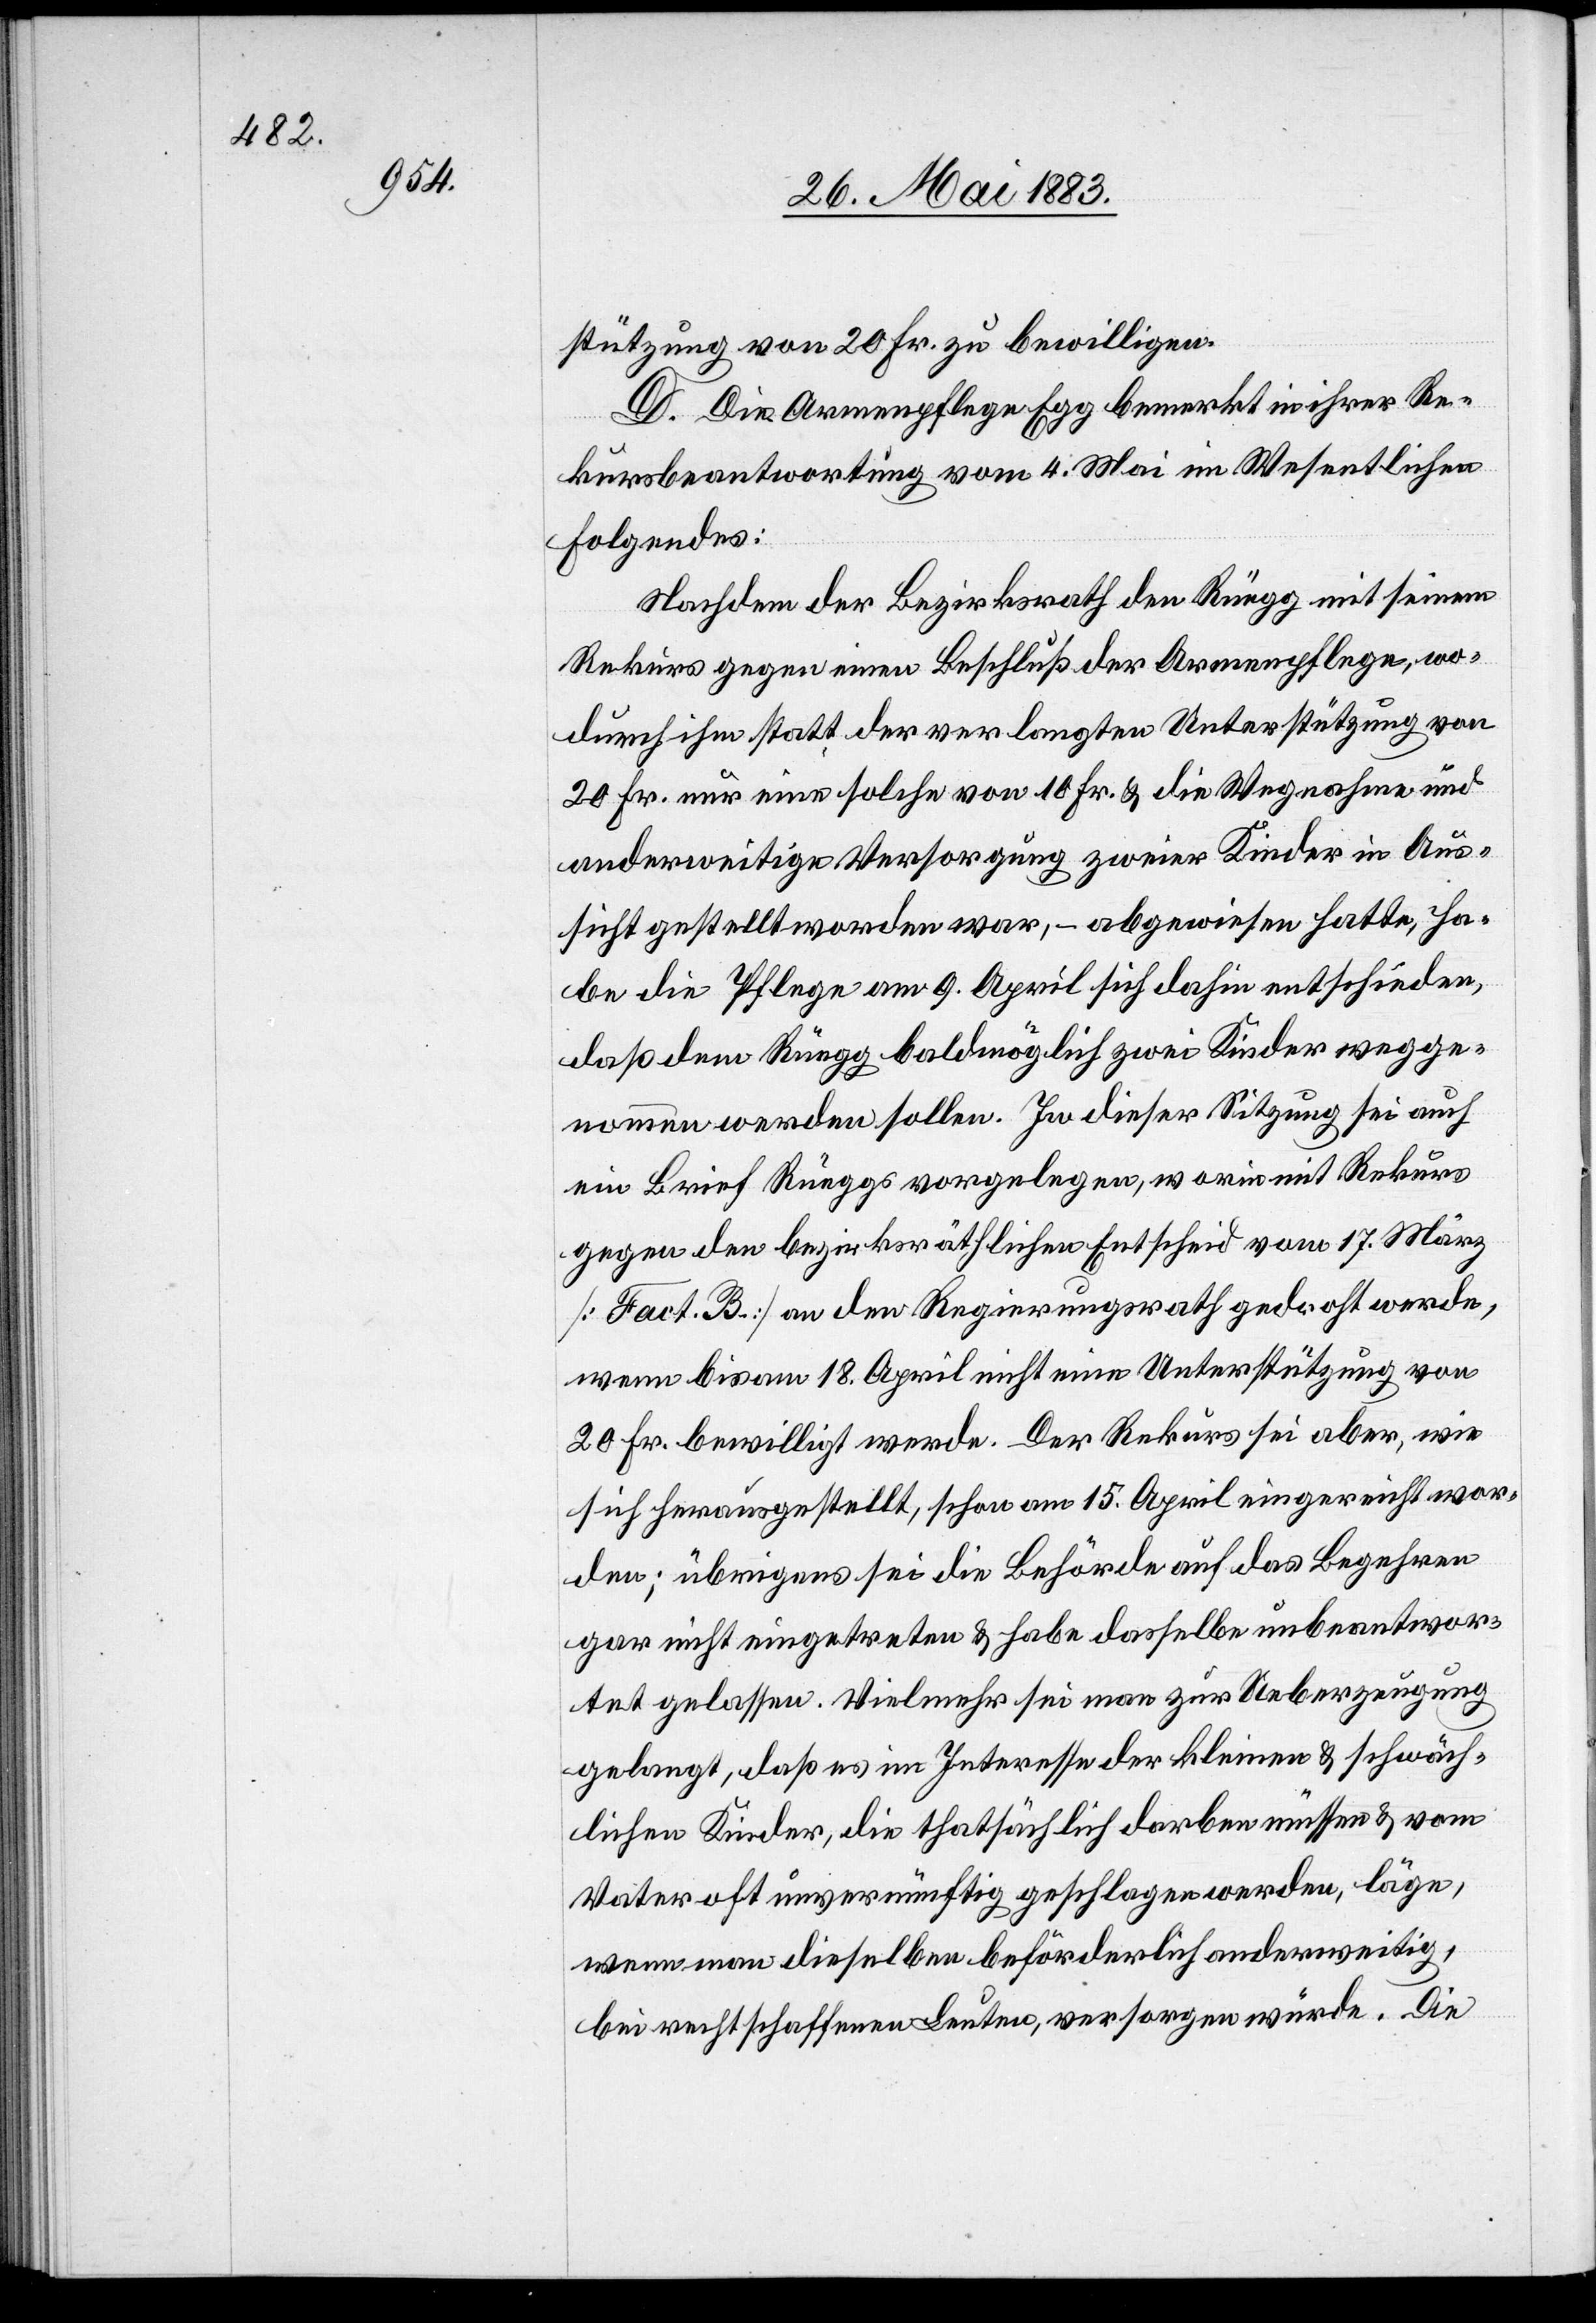
stützung von 20 Fr. zu bewilligen.
D. Die Armenpflege Egg bemerkt in ihrer Re¬
kursbeantwortung vom 4. Mai im Wesentlichen
Folgendes:
Nachdem der Bezirksrath den Rüegg mit seinem
Rekurs gegen einen Beschluß der Armenpflege, wo¬
durch ihm statt der verlangten Unterstützung von
20 Fr. nur eine solche von 20 Fr. & die Wegnahme und
anderweitige Versorgung zweier Kinder in Aus¬
sicht gestellt worden war, – abgewiesen hatte, ha¬
be die Pflege am 9. April sich dahin entschieden,
daß dem Rüegg baldmöglichst zwei Kinder wegge¬
nommen werden sollen. In dieser Sitzung sei auch
ein Brief Rüeggs vorgelegen, worin mit Rekurs
gegen den bezirksräthlichen Entscheid vom 17. März
[Fact. B.] an den Regierungsrath gedroht werde,
wenn bis am 18. April nicht eine Unterstützung von
20 Fr. bewilligt werde. Der Rekurs sei aber, wie
sich herausgestellt, schon am 15. April eingereicht wor¬
den; übrigens sei die Behörde auf das Begehren
gar nicht eingetreten & habe dasselbe unbeantwor¬
tet gelassen. Vielmehr sei man zur Ueberzeugung
gelangt, daß es im Interesse der kleinen & schwäch¬
lichen Kinder, die thatsächlich darben müssen & vom
Vater oft unvernünftig geschlagen werden, läge,
wenn man dieselben beförderlich anderweitig,
bei rechtschaffenen Leuten, versorgen würde. Die